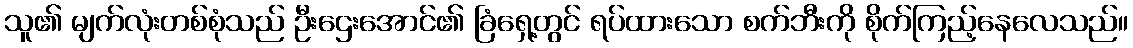
သူ၏ မျက်လုံးတစ်စုံသည် ဦးဌေးအောင်၏ ခြံရှေ့တွင် ရပ်ထားသော စက်ဘီးကို စိုက်ကြည့်နေလေသည်။